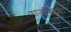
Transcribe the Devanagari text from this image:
राजकिरण